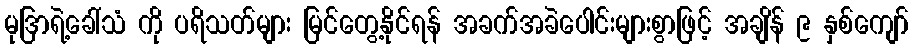
မုဒြာရဲ့ခေါ်သံ ကို ပရိသတ်များ မြင်တွေ့နိုင်ရန် အခက်အခဲပေါင်းများစွာဖြင့် အချိန် ၉ နှစ်ကျော်